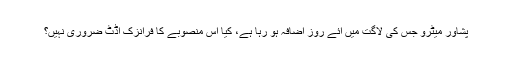
پشاور میٹرو جس کی لاگت میں آئے روز اضافہ ہو رہا ہے، کیا اس منصوبے کا فرانزک آڈٹ ضروری نہیں؟